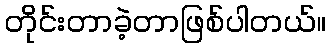
တိုင်းတာခဲ့တာဖြစ်ပါတယ်။